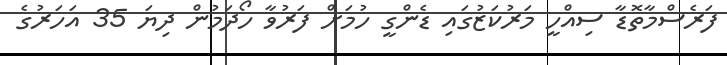
ފަރެސްމާތޮޑާ ސިއްހީ މަރުކަޒުގައި ޑެންގީ ހުމަށް ފަރުވާ ހޯދަމުން ދިޔަ 35 އަހަރުގެ